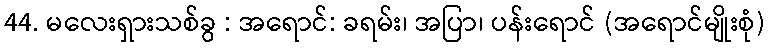
44. မလေးရှားသစ်ခွ : အရောင်: ခရမ်း၊ အပြာ၊ ပန်းရောင် (အရောင်မျိုးစုံ)